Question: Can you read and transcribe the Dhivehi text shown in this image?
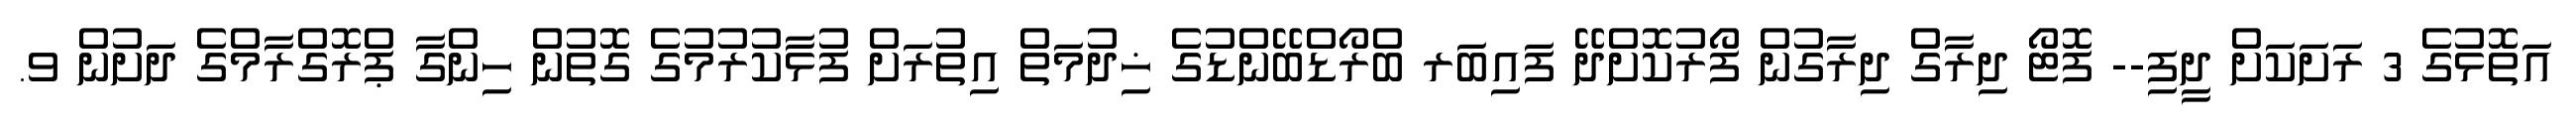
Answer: އަތޮޅުގެ 3 ރަށަކަށް ދީފި-- ފޮޓޯ ދިރާގް ދިރާގުން ފޯރުކޮށްދޭ ފައިބަރ ބްރޯޑްބޭންޑުގެ ޚިދުމަތް އިތުރަށް ފުޅާކުރުމުގެ ގޮތުން ހިންގާ ޕްރޮގްރާމްގެ ދަށުން ވ.